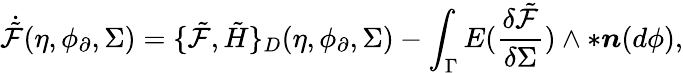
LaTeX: \dot{\tilde{\mathcal{F}}}(\eta,\phi_{\partial},\Sigma)=\{ \tilde{\mathcal{F}},\tilde{H}\} _{D}(\eta,\phi_{\partial},\Sigma)-\int_{\Gamma}E(\frac{\delta\tilde{\mathcal{F}}}{\delta\Sigma})\wedge\ast\boldsymbol{n}(d\phi),